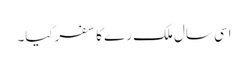
اسی سال ملک رے کا سفرکیا۔